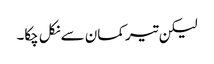
لیکن تیر کمان سے نکل چکا۔